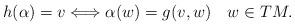
LaTeX: \begin{align*}h(\alpha) &= v \Longleftrightarrow \alpha(w) = g(v,w) \quad w\in TM .\end{align*}